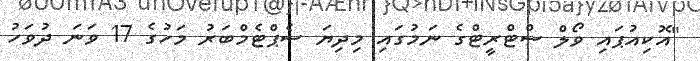
"އޮކިއުޕައި ވޯލް ސްޓްރީޓްގެ ނަމުގައި މިދިޔަ ސެޕްޓެމްބަރު މަހުގެ 17 ވަނަ ދުވަހު